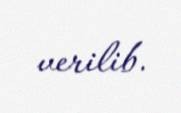
verilib.